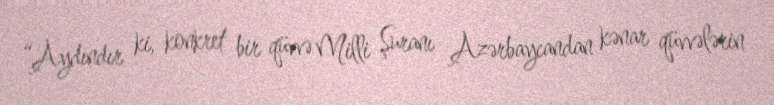
“Aydındır ki, konkret bir qüvvə Milli Şuranı Azərbaycandan kənar qüvvələrin